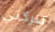
تتركني